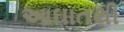
આઘાતથી